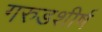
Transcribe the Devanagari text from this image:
गरुडशीर्ष